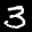
Label: 3